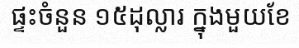
ផ្ទះចំនួន ១៥ដុល្លារ ក្នុងមួយខែ